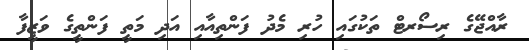
ރާއްޖޭގެ ރިސޯރޓް ތަކުގައި ހުރި މެދު ފަންތިއާއި އަދި މަތީ ފަންތީގެ ވަޒީފާ